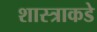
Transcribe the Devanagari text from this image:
शास्त्राकडे